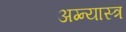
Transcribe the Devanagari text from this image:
अग्न्यास्त्र